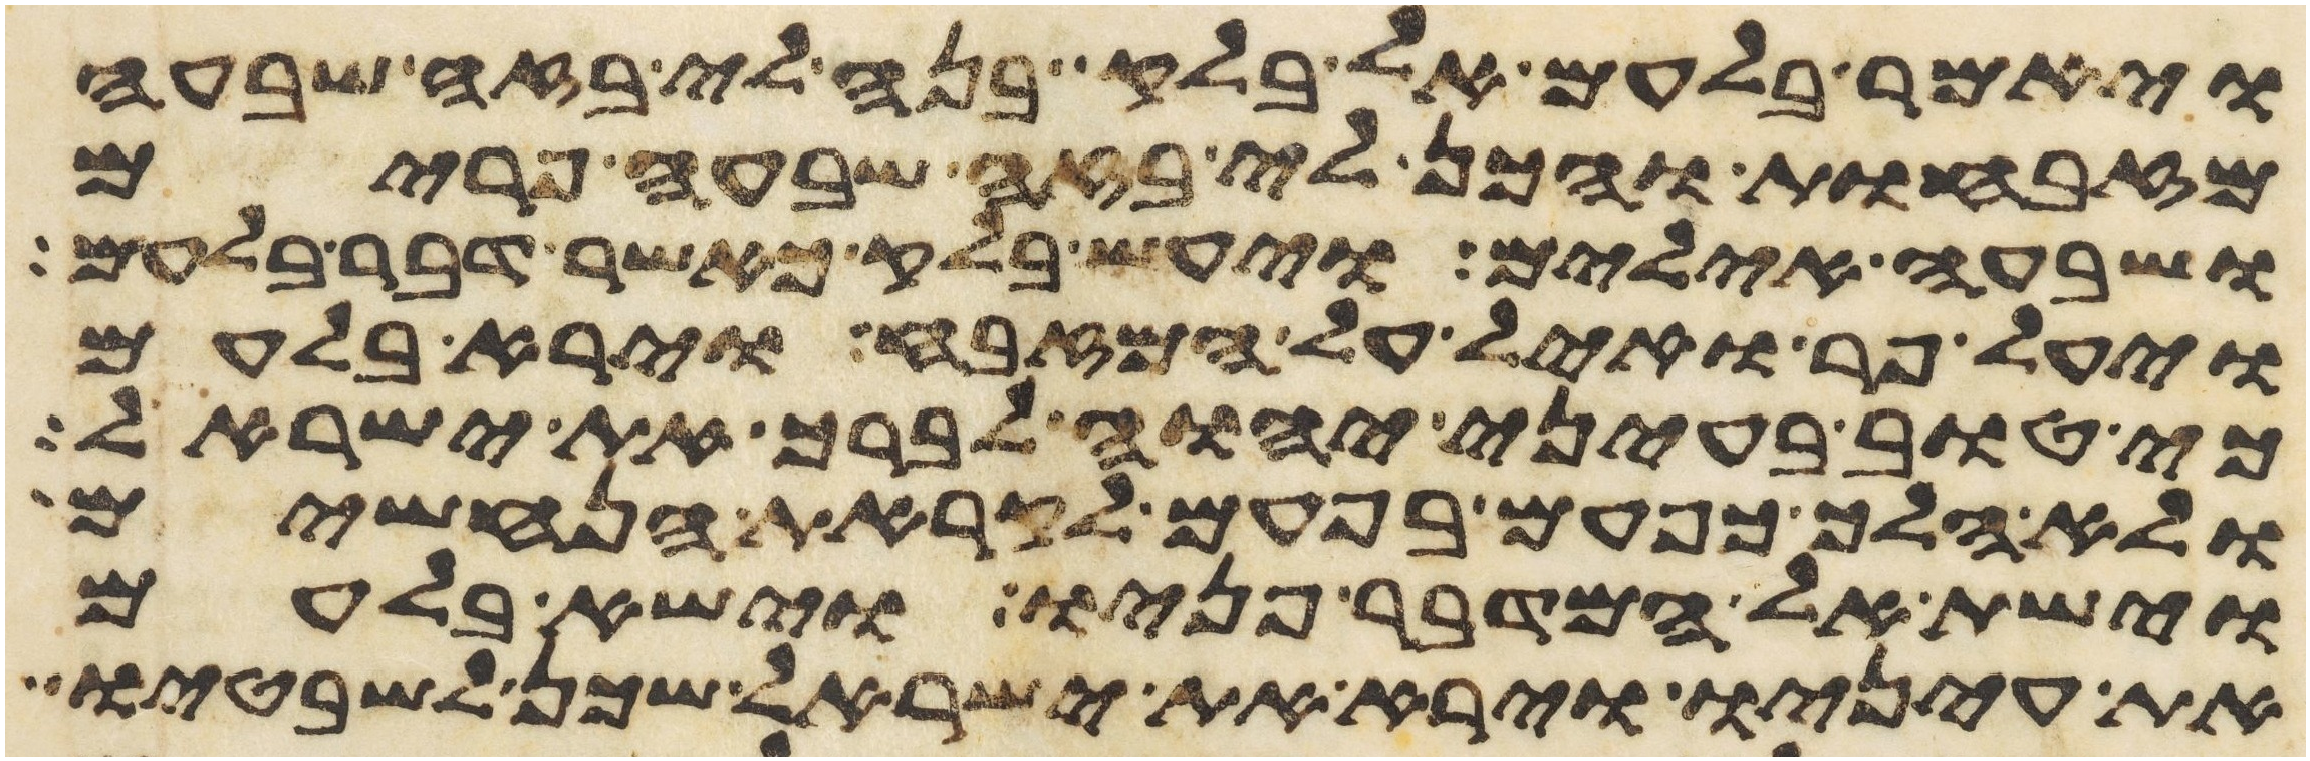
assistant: ויאמר בלעם אל בלק בנה לי בזה שבעה
מזבחות והכן לי בזה שבעה פרים
ושבעה אילים ויעש בלק כאשר דבר בלעם
ויעל פר ואיל על המזבח וירא בלעם
כי טוב בעיני יהוה לברך את ישראל
ולא הלך כפעם בפעם לקראת הנחשים
וישת אל המדבר פניו וישא בלעם
את עיניו וירא את ישראל שכן לשבטיו